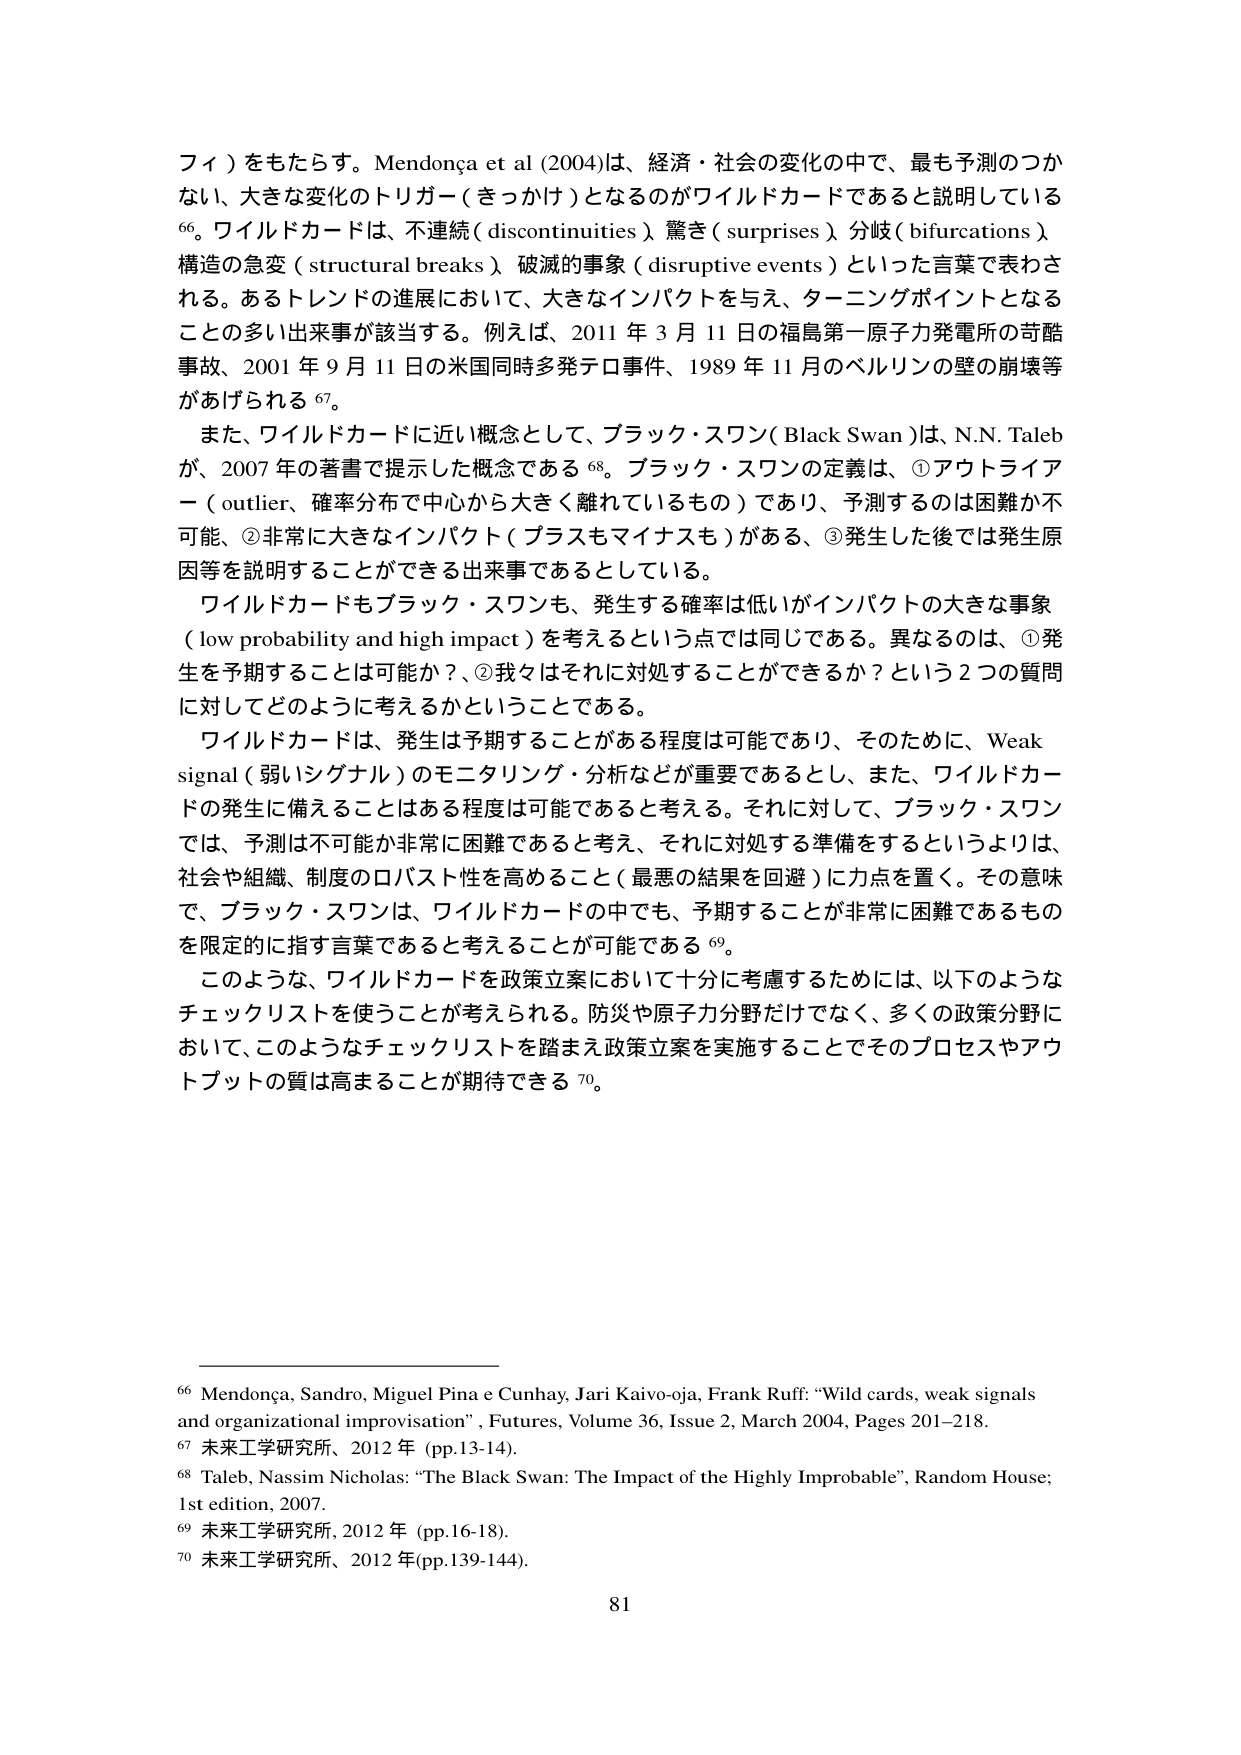
フィ）をもたらす。Mendonça et al (2004)は、経済・社会の変化の中で、最も予測のつかない、大きな変化のトリガー（きっかけ）となるのがワイルドカードであると説明している⁶⁶。ワイルドカードは、不連続（discontinuities）、驚き（surprises）、分岐（bifurcations）、構造の急変（structural breaks）、破滅的事象（disruptive events）といった言葉で表わされる。あるトレンドの進展において、大きなインパクトを与え、ターニングポイントとなることの多い出来事が該当する。例えば、2011年3月11日の福島第一原子力発電所の奇酷事故、2001年9月11日の米国同時多発テロ事件、1989年11月のベルリンの壁の崩壊等があげられる⁶⁷。

また、ワイルドカードに近い概念として、ブラック・スワン（Black Swan）は、N.N. Talebが、2007年の著書で提示した概念である⁶⁸。ブラック・スワンの定義は、①アウトライアー（outlier、確率分布で中心から大きく離れているもの）であり、予測するのは困難か不可能、②非常に大きなインパクト（プラスもマイナスも）がある、③発生した後では発生原因等を説明することができる出来事であるとしている。

ワイルドカードもブラック・スワンも、発生する確率は低いがインパクトの大きな事象（low probability and high impact）を考えるという点では同じである。異なるのは、①発生を予期することは可能か？、②我々はそれに対処することができるか？という2つの質問に対してどのように考えるかということである。

ワイルドカードは、発生は予期することがある程度は可能であり、そのため、Weak signal（弱いシグナル）のモニタリング・分析などが重要であるとし、また、ワイルドカードの発生に備えることはある程度は可能であると考える。それに対して、ブラック・スワンでは、予測は不可能か非常に困難であると考え、それに対処する準備をするというよりは、社会や組織、制度のロバスト性を高めること（最悪の結果を回避）に力点を置く。その意味で、ブラック・スワンは、ワイルドカードの中でも、予期することが非常に困難であるものを限定的に指す言葉であると考えることが可能である⁶⁹。

このような、ワイルドカードを政策立案において十分に考慮するためには、以下のようなチェックリストを使うことが考えられる。防災や原子力分野だけでなく、多くの政策分野において、このようなチェックリストを踏まえ政策立案を実施することでそのプロセスやアウトプットの質は高まることが期待できる⁷⁰。

⁶⁶ Mendonça, Sandro, Miguel Pina e Cunhay, Jari Kaivo-oja, Frank Ruff: “Wild cards, weak signals and organizational improvisation”, Futures, Volume 36, Issue 2, March 2004, Pages 201–218.

⁶⁷ 未来工学研究所、2012年 (pp.13-14).

⁶⁸ Taleb, Nassim Nicholas: “The Black Swan: The Impact of the Highly Improbable”, Random House; 1st edition, 2007.

⁶⁹ 未来工学研究所、2012年 (pp.16-18).

⁷⁰ 未来工学研究所、2012年 (pp.139-144).

81